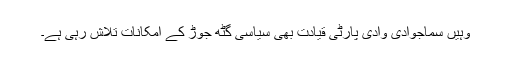
وہیں سماجوادی وادی پارٹی قیادت بھی سیاسی گٹھ جوڑ کے امکانات تلاش رہی ہے۔